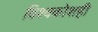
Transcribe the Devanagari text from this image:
विश्वकोशही